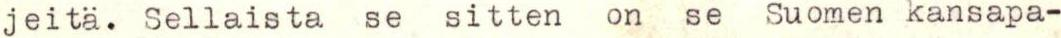
jeitä. Sellaista se sitten on se Suomen kansapa-